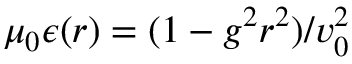
\mu _ { 0 } \epsilon ( r ) = ( 1 - g ^ { 2 } r ^ { 2 } ) / v _ { 0 } ^ { 2 }